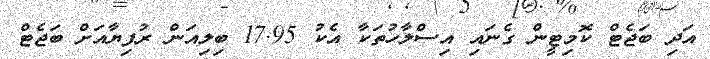
އަދި ބަޖެޓް ކޮމިޓީން ގެނައި އިސްލާހުތަކާ އެކު 17.95 ބިލިއަން ރުފިޔާއަށް ބަޖެޓް